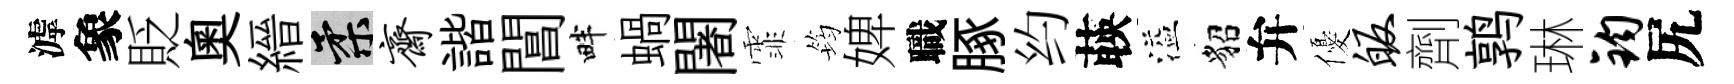
滹象貶奧縉柔斋諧閶畔蝸闍霏筠婢職䐁约𦴤溢貂弁優皈劑鹑琳钧尻